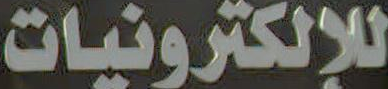
للإلكترونيات